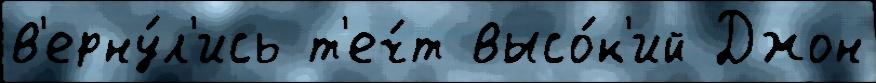
в'ерну́л'ись т'еч́т высо́к'ий Джон